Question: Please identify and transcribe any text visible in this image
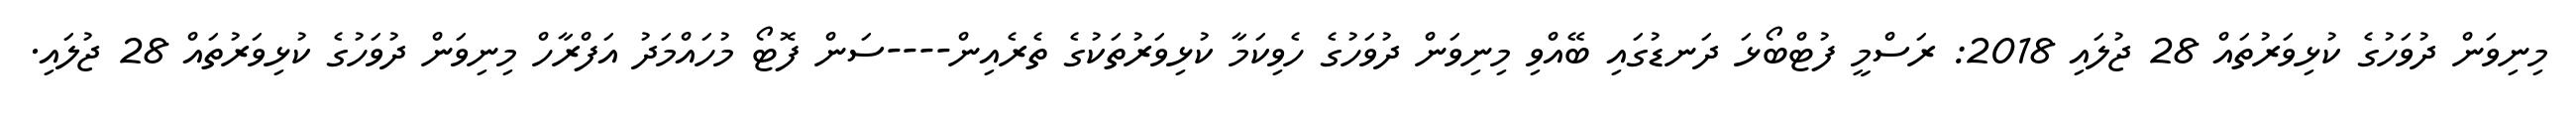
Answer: މިނިވަން ދުވަހުގެ ކުޅިވަރުތައް 28 ޖުލައި 2018: ރަސްމީ ފުޓްބޯޅަ ދަނޑުގައި ބޭއްވި މިނިވަން ދުވަހުގެ ހެވިކަމާ ކުޅިވަރުތަކުގެ ތެރެއިން----ސަން ފޮޓޯ މުހައްމަދު އަފްރާހް މިނިވަން ދުވަހުގެ ކުޅިވަރުތައް 28 ޖުލައި.